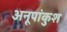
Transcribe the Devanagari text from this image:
अनूपांकुश